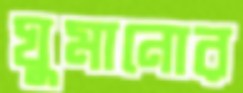
ঘুমানোর